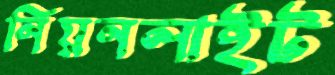
নিয়নলাইট